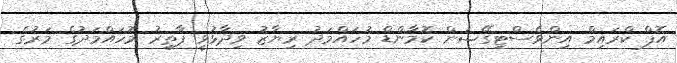
އޮފް ކްރައިމް އިންވެސްޓިގޭޝަން ކޮމާންޑް މުހައްމަދު ރިޔާޒު ވިދާޅުވީ ފާތިރު މުހައްމަދުގެ މަރުގެ